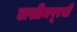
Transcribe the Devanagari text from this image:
लखीमपूरची